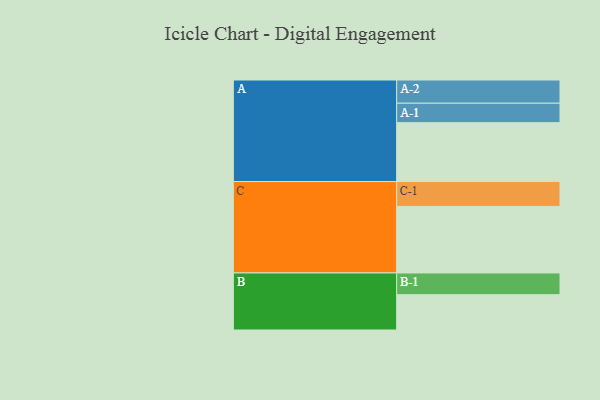
{"axis": {"x": "Segment", "y": "Value"}, "legend": ["", "A", "B", "C"], "data": [{"x": "A", "y": 520, "type": ""}, {"x": "B", "y": 312, "type": ""}, {"x": "C", "y": 588, "type": ""}, {"x": "A-1", "y": 172, "type": "A"}, {"x": "A-2", "y": 205, "type": "A"}, {"x": "B-1", "y": 192, "type": "B"}, {"x": "C-1", "y": 220, "type": "C"}]}